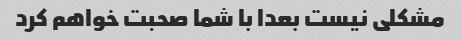
مشکلی نیست بعدا با شما صحبت خواهم کرد